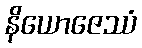
နိယောဇေဿံ